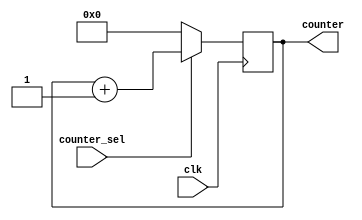
`timescale 1ns / 1ps
module counter (input clk,
                input counter_sel,
                output reg[5:0] counter);
always @ (posedge clk) begin
  if (counter_sel==1) begin
    counter= counter+1;
  end else begin
    counter=0;
  end
end
endmodule